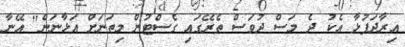
އިރާދަފުޅާ އެކު ދެ މަސް ދުވަސް ތެރޭގައި ގެސްޓުން މިތަނަށް އަޅާނަން" އޭނާ